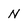
Character: N